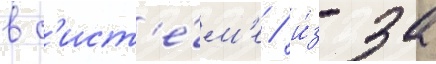
в с'ист'е́м'е / и́з-за